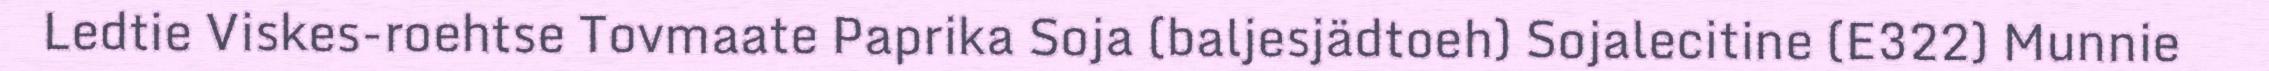
Ledtie Viskes-roehtse Tovmaate Paprika Soja (baljesjädtoeh) Sojalecitine (E322) Munnie